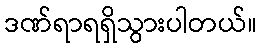
ဒဏ်ရာရရှိသွားပါတယ်။